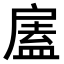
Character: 𢩘